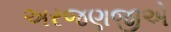
અરજણજીએ